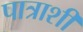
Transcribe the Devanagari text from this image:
पात्राशी